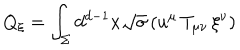
Q _ { \xi } = \int _ { \Sigma } d ^ { d - 1 } x \sqrt { \sigma } \, ( u ^ { \mu } \, T _ { \mu \nu } \, \xi ^ { \nu } )